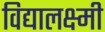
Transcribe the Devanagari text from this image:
विद्यालक्ष्मी